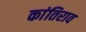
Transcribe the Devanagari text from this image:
कांतिराव